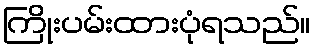
ကြိုးပမ်းထားပုံရသည်။